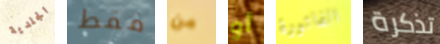
الجلدية فقط من أو الفاتورة تذكرة